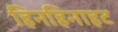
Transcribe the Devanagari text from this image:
हिनहिनाहट